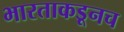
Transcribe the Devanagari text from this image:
भारताकडूनच